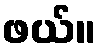
ဖယ်။